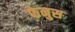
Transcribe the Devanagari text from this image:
फेनुस